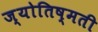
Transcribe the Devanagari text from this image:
ज्योतिष्मती